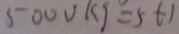
5 0 0 V k g = 5 t 1